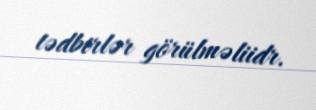
tədbirlər görülməliidr.